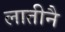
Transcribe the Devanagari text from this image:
लातीनै